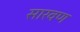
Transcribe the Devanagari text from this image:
सारवण